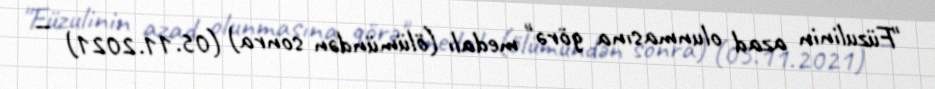
"Füzulinin azad olunmasına görə" medalı (ölümündən sonra) (05.11.2021) —